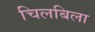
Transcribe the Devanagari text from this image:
चिलबिला